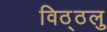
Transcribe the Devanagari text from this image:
विठ्ठलु